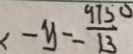
x - y - \frac { 9 7 5 0 } { - 1 3 }